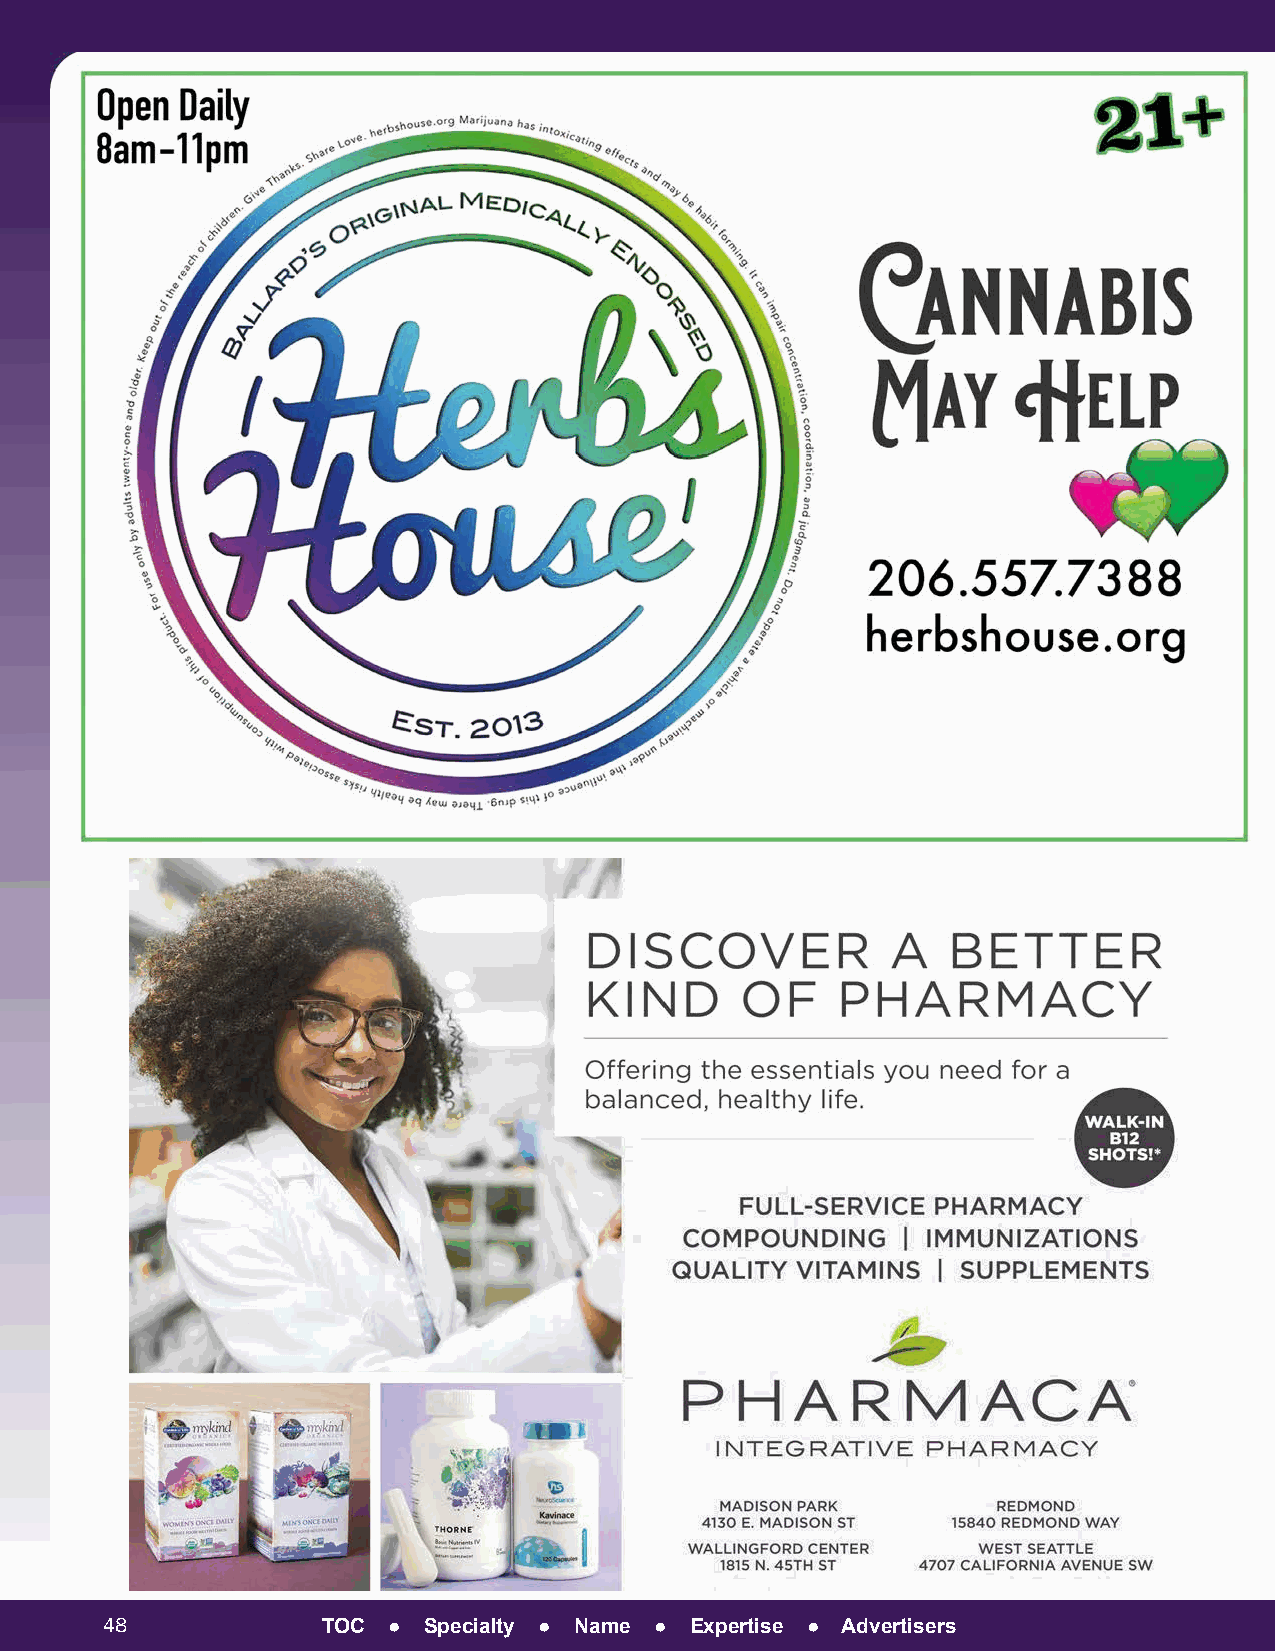
48            TOC  ● Specialty ● Name ● Expertise ● Advertisers